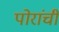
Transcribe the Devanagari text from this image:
पोरांची